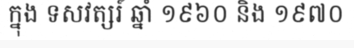
ក្នុង ទសវត្សរ៍ ឆ្នាំ ១៩៦០ និង ១៩៧០